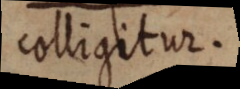
colligitur.